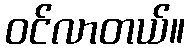
ဝင်လာတယ်။